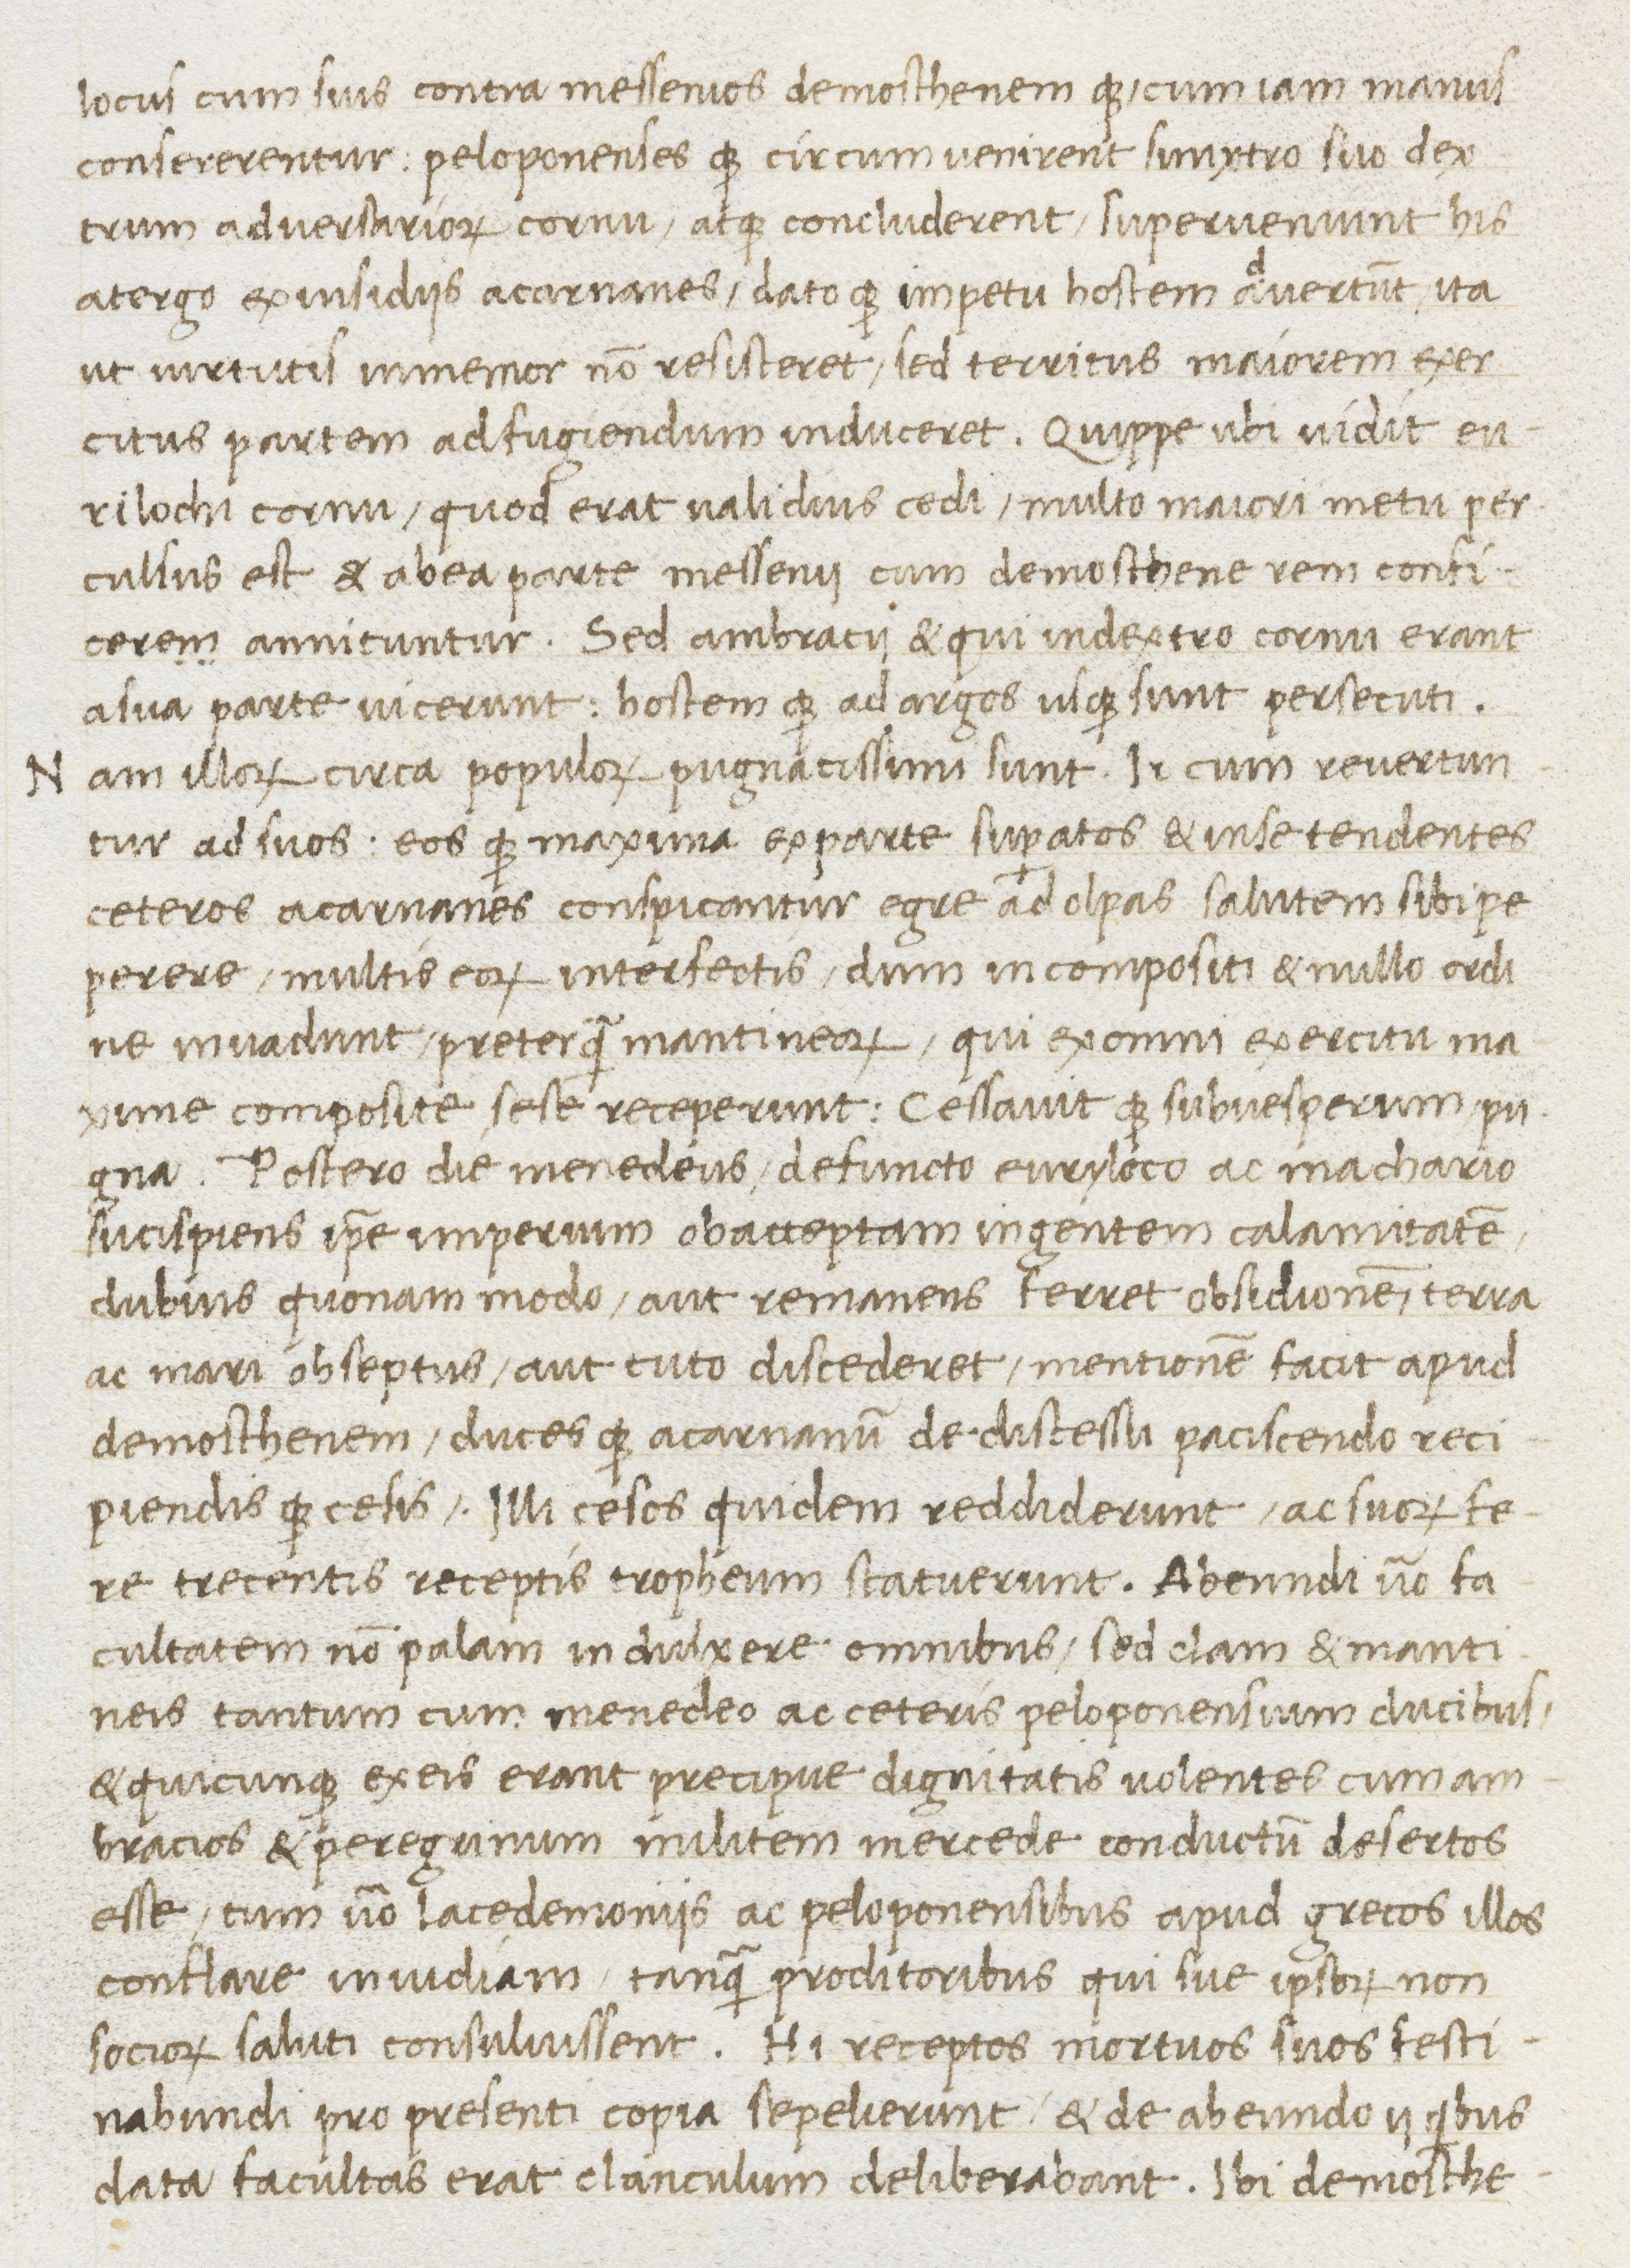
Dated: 1400–1499